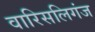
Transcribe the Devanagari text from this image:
वारिसलिगंज